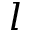
l